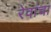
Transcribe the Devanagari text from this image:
रेवांचा